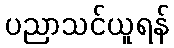
ပညာသင်ယူရန်